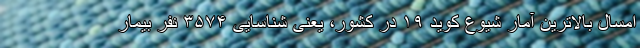
امسال بالاترین آمار شیوع کوید ۱۹ در کشور، یعنی شناسایی ۳۵۷۴ نفر بیمار